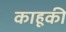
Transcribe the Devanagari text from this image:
काहूकी